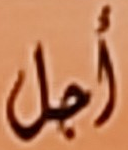
أجل